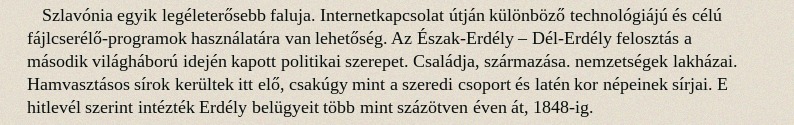
Szlavónia egyik legéleterősebb faluja. Internetkapcsolat útján különböző technológiájú és célú fájlcserélő-programok használatára van lehetőség. Az Észak-Erdély – Dél-Erdély felosztás a második világháború idején kapott politikai szerepet. Családja, származása. nemzetségek lakházai. Hamvasztásos sírok kerültek itt elő, csakúgy mint a szeredi csoport és latén kor népeinek sírjai. E hitlevél szerint intézték Erdély belügyeit több mint százötven éven át, 1848-ig.